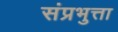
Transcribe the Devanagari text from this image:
संप्रभुत्ता